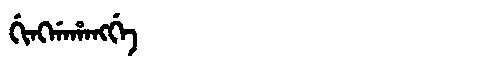
Manchu: ᡤᡳᠩᡤᠠᡥᠠᠩᡤᡝ
Romanization: GINGGAHANGGE